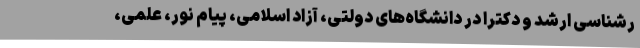
رشناسی ارشد و دکترا در دانشگاه‌های دولتی، آزاد اسلامی، پیام نور، علمی،